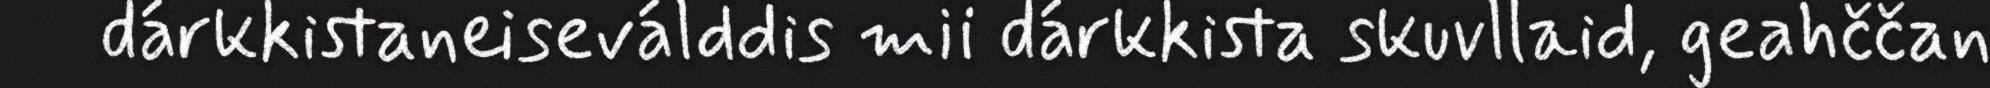
dárkkistaneiseválddis mii dárkkista skuvllaid, geahččan